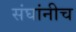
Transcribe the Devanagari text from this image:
संघांनीच